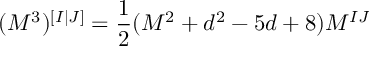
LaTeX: ( M ^ { 3 } ) ^ { [ I | J ] } = \frac { 1 } { 2 } ( M ^ { 2 } + d ^ { 2 } - 5 d + 8 ) M ^ { I J }